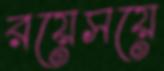
রয়েসয়ে